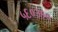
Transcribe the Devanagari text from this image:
५६०३१०